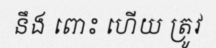
នឹង ពោះ ហើយ ត្រូវ